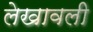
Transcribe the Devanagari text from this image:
लेखावली